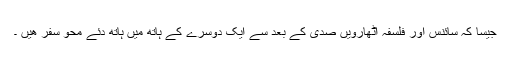
جیسا کہ سائنس اور فلسفہ اٹھارویں صدی کے بعد سے ایک دوسرے کے ہاتھ میں ہاتھ دئے محو سفر ھیں ۔